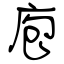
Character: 庖